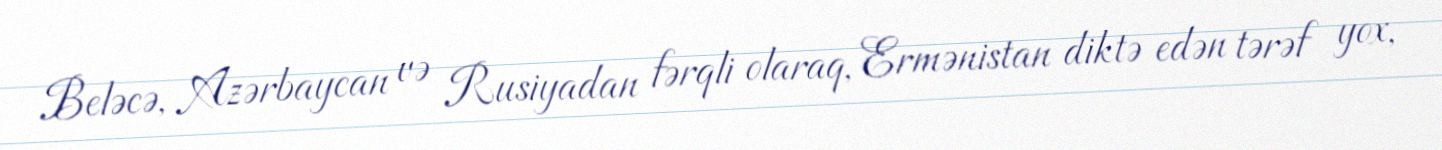
Beləcə, Azərbaycan və Rusiyadan fərqli olaraq, Ermənistan diktə edən tərəf yox,